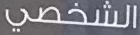
الشخصي